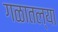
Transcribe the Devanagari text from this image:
गळातल्या